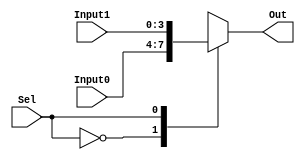
`timescale 1ns / 1ps
//////////////////////////////////////////////////////////////////////////////////
// Company: 
// Engineer: 
// 
// Design Name: 
// Module Name: mux2n1_4bit
// Project Name: 
// Target Devices: 
// Tool Versions: 
// Description: 
// 
// Dependencies: 
// 
// Revision:
// Revision 0.01 - File Created
// Additional Comments:
// 
//////////////////////////////////////////////////////////////////////////////////

module mux2n1_4bit(
       input [3:0]Input0,
       input [3:0]Input1,
       input Sel,
       output reg [3:0]Out
    );
    
   // assign Out = Sel ? Input1 : Input0;

   
    always @* begin
    case(Sel)
        1'b0: Out = Input0;
        1'b1: Out = Input1;
    endcase
    end
    
endmodule